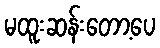
မထူးဆန်းတော့ပေ